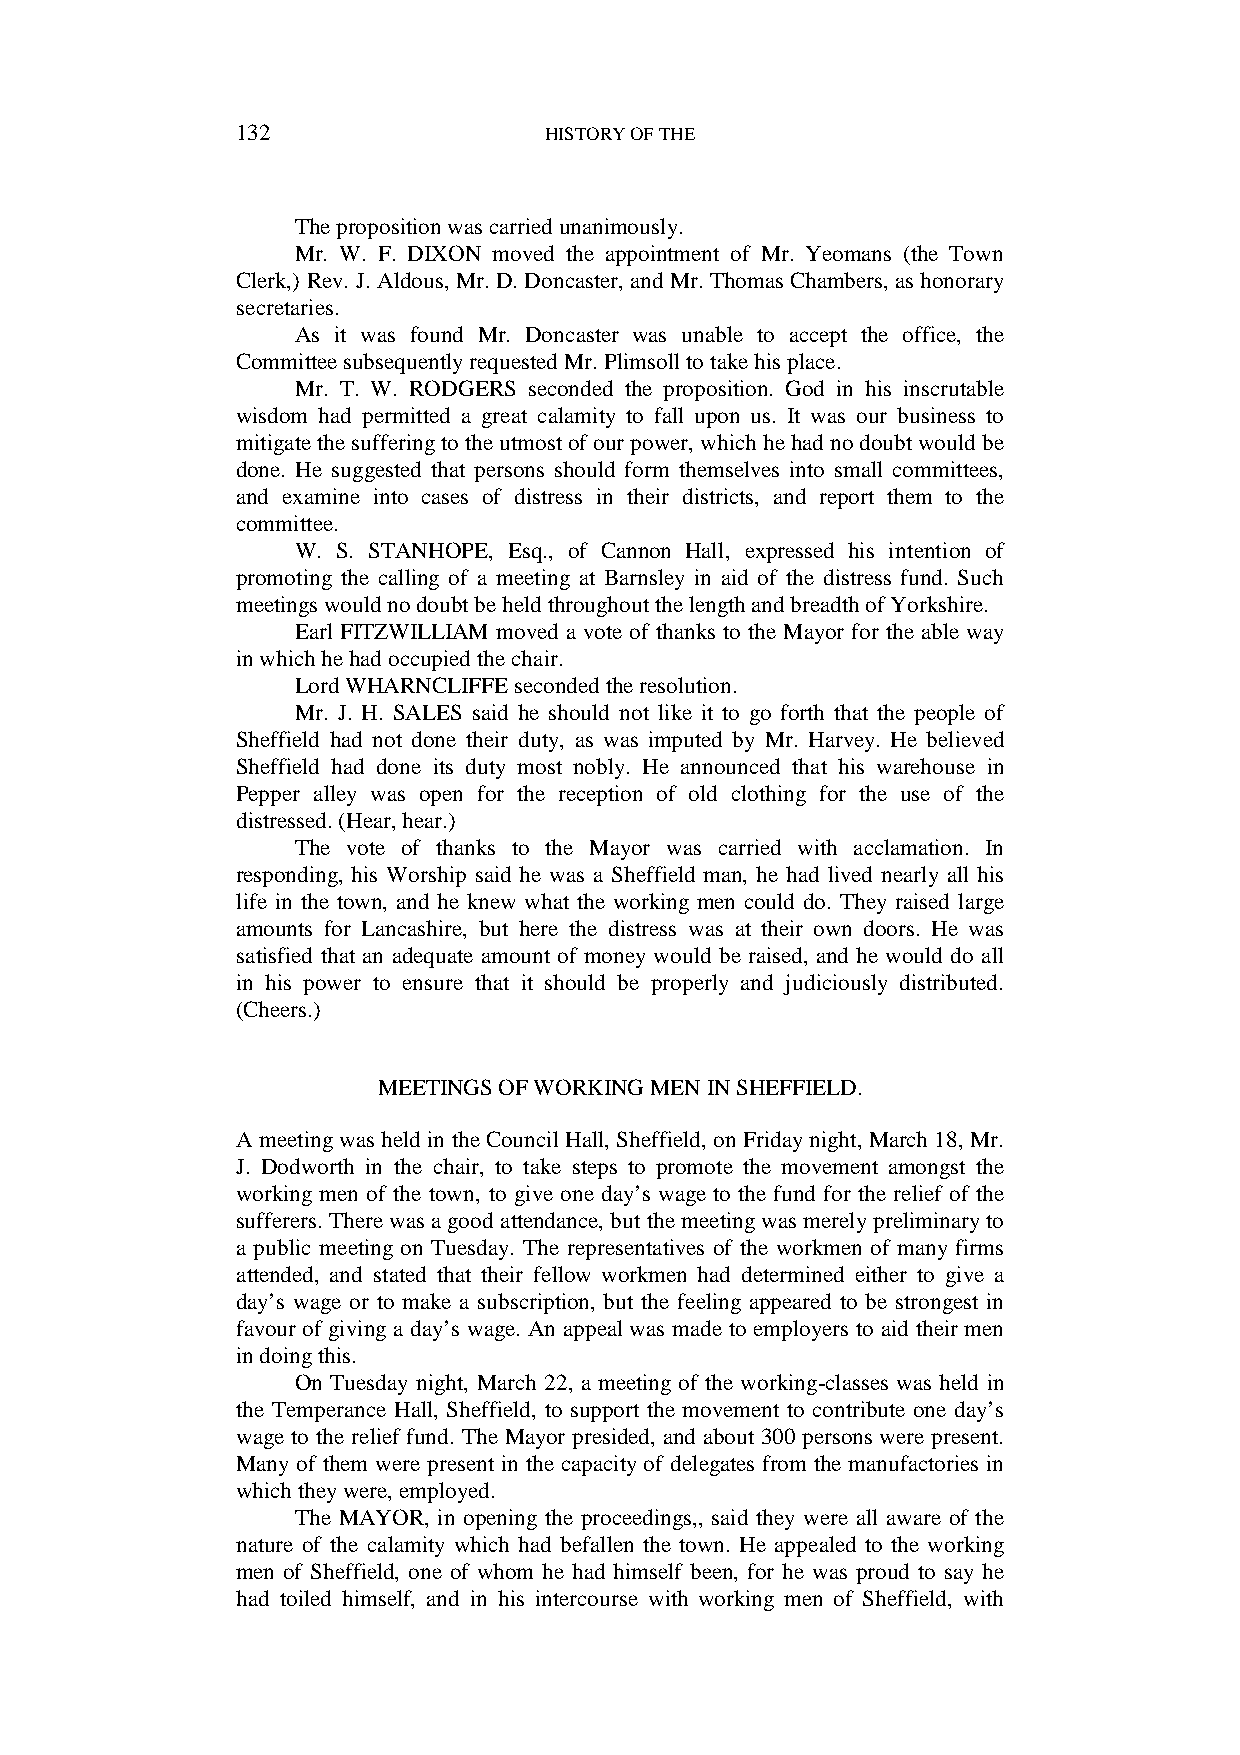
132                 HISTORY OF THE
 The proposition was carried unanimously.
 Mr. W. F. DIXON moved the appointment of Mr. Yeomans (the Town
 Clerk,) Rev. J. Aldous, Mr. D. Doncaster, and Mr. Thomas Chambers, as honorary
 secretaries.
 As it was found Mr. Doncaster was unable to accept the office, the
 Committee subsequently requested Mr. Plimsoll to take his place.
 Mr. T. W. RODGERS seconded the proposition. God in his inscrutable
 wisdom had permitted a great calamity to fall upon us. It was our business to
 mitigate the suffering to the utmost of our power, which he had no doubt would be
 done. He suggested that persons should form themselves into small committees,
 and examine into cases of distress in their districts, and report them to the
 committee.
 W. S. STANHOPE, Esq., of Cannon Hall, expressed his intention of
 promoting the calling of a meeting at Barnsley in aid of the distress fund. Such
 meetings would no doubt be held throughout the length and breadth of Yorkshire.
 Earl FITZWILLIAM moved a vote of thanks to the Mayor for the able way
 in which he had occupied the chair.
 Lord WHARNCLIFFE seconded the resolution.
 Mr. J. H. SALES said he should not like it to go forth that the people of
 Sheffield had not done their duty, as was imputed by Mr. Harvey. He believed
 Sheffield had done its duty most nobly. He announced that his warehouse in
 Pepper alley was open for the reception of old clothing for the use of the
 distressed. (Hear, hear.)
 The vote of thanks to the Mayor was carried with acclamation. In
 responding, his Worship said he was a Sheffield man, he had lived nearly all his
 life in the town, and he knew what the working men could do. They raised large
 amounts for Lancashire, but here the distress was at their own doors. He was
 satisfied that an adequate amount of money would be raised, and he would do all
 in his power to ensure that it should be properly and judiciously distributed.
 (Cheers.)
 MEETINGS OF WORKING MEN IN SHEFFIELD.
 A meeting was held in the Council Hall, Sheffield, on Friday night, March 18, Mr.
 J. Dodworth in the chair, to take steps to promote the movement amongst the
 working men of the town, to give one day’s wage to the fund for the relief of the
 sufferers. There was a good attendance, but the meeting was merely preliminary to
 a public meeting on Tuesday. The representatives of the workmen of many firms
 attended, and stated that their fellow workmen had determined either to give a
 day’s wage or to make a subscription, but the feeling appeared to be strongest in
 favour of giving a day’s wage. An appeal was made to employers to aid their men
 in doing this.
 On Tuesday night, March 22, a meeting of the working-classes was held in
 the Temperance Hall, Sheffield, to support the movement to contribute one day’s
 wage to the relief fund. The Mayor presided, and about 300 persons were present.
 Many of them were present in the capacity of delegates from the manufactories in
 which they were, employed.
 The MAYOR, in opening the proceedings,, said they were all aware of the
 nature of the calamity which had befallen the town. He appealed to the working
 men of Sheffield, one of whom he had himself been, for he was proud to say he
 had toiled himself, and in his intercourse with working men of Sheffield, with